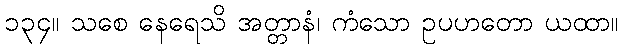
၁၃၄။ သစေ နေရေသိ အတ္တာနံ၊ ကံသော ဥပဟတော ယထာ။